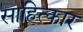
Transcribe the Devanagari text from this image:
साहित्कार